Scottish Leaving Certificate Examination, 1960
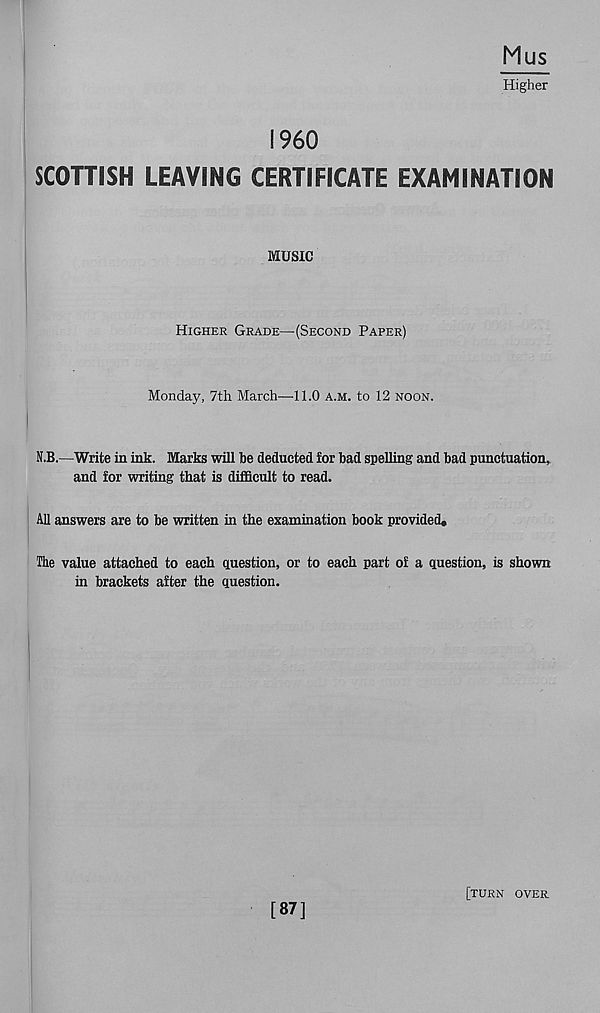
Mus
Higher
I960
SCOTTISH LEAVING CERTIFICATE EXAMINATION
MUSIC
Higher Grade—(Second Paper)
Monday, 7th March—-11.0 a.m. to 12 noon.
N.B.—Write in ink. Marks will be deducted for bad spelling and bad punctuation,
and for writing that is difficult to read.
All answers are to be written in the examination book provided.
The value attached to each question, or to each part of a question, is shown
in brackets after the question.
[87]
[turn over